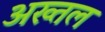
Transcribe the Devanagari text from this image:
अख्तल